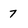
Character: 7